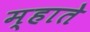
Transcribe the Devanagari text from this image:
म्हाते